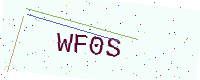
Text: WF0S